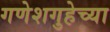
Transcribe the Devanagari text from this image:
गणेशगुहेच्या